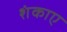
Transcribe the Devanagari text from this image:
शंकाए